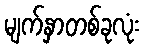
မျက်နှာတစ်ခုလုံး